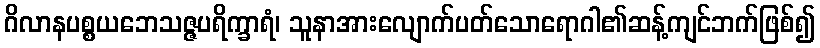
ဂိလာနပစ္စယဘေသဇ္ဇပရိက္ခာရံ၊ သူနာအားလျောက်ပတ်သောရောဂါ၏ဆန့်ကျင်ဘက်ဖြစ်၍